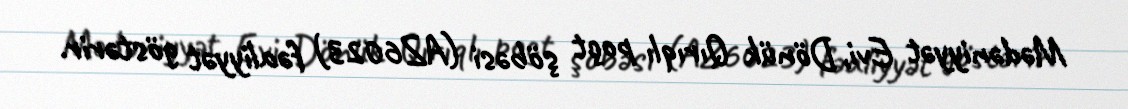
Mədəniyyət Evi, Dönük Qırıqlı poçt şöbəsi (AZ6023) fəaliyyət göstərir.